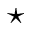
\star